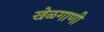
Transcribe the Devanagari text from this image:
खेळगाणी